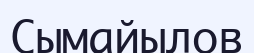
Сымайылов